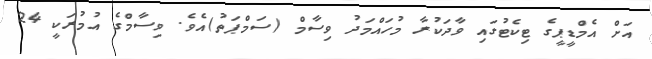
އަށް އެމްޑީޕީގެ ޓިކެޓުގައި ވާދަކުރާ މުހައްމަދު ވިސާމް (ސަމްޕަތު)އެވެ. ވިސާމްގެ އުމުރަކީ 24